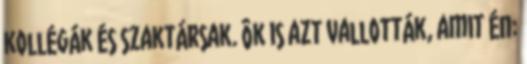
kollégák és szaktársak. Ôk is azt vallották, amit én: